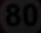
80